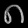
Digit: ၈